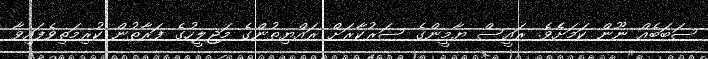
ސަބަބެއް ނޫން ކަމަށެެވެ. ރައީސް ޔާމީންގެ ސަރުކާރަށް ރައްޔިތުންގެ މަޖިލީހުގެ ފަރާތުން ކުރިމަތިވެފައިވާ